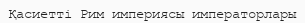
Қасиетті Рим империясы императорлары